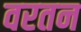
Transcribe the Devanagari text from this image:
वरतन